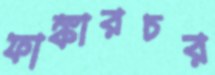
ফাঙ্কারচর